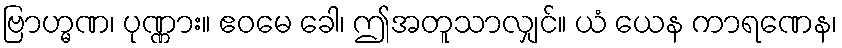
ဗြာဟ္မဏ၊ ပုဏ္ဏား။ ဧဝမေ ခေါ၊ ဤအတူသာလျှင်။ ယံ ယေန ကာရဏေန၊